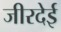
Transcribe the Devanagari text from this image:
जीरदेई